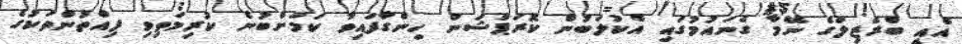
އެއީ ބްރެޒިލްގެ ނޭމާ ގެނައުމުގައި އެކުލަބުން ކޮރަޕްޝަން ހިންގާފައިވާ ކަމަށްބުނެ ކުރިމަތިވި ފިއްތުންތަކުގެ